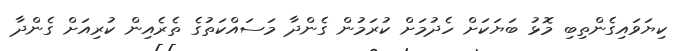
ކިޔަވައިގެންތިބި މޮޅު ބަޔަކަށް ހެދުމަށް ކުރަމުން ގެންދާ މަސައްކަތުގެ ތެރެއިން ކުރިއަށް ގެންދާ